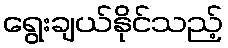
ရွေးချယ်နိုင်သည့်